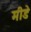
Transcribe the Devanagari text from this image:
मीडे